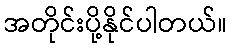
အတိုင်းပို့နိုင်ပါတယ်။